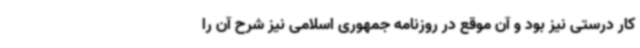
کار درستی نیز بود و آن موقع در روزنامه جمهوری اسلامی نیز شرح آن را